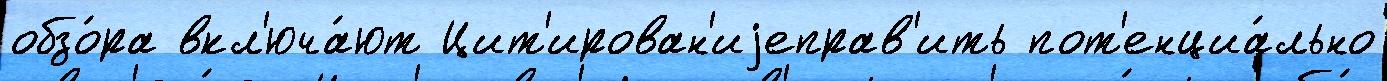
обзо́ра вкл'юча́ют Цит'ирован'иjеправ'ить пот'енциа́льно